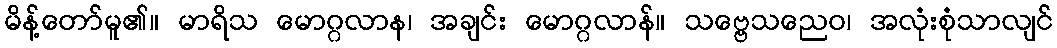
မိန့်တော်မူ၏။ မာရိသ မောဂ္ဂလာန၊ အချင်း မောဂ္ဂလာန်။ သဗ္ဗေသညေဝ၊ အလုံးစုံသာလျင်